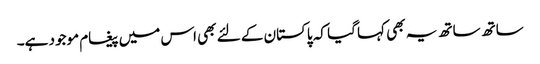
ساتھ ساتھ یہ بھی کہا گیا کہ پاکستان کے لئے بھی اس میں پیغام موجود ہے۔